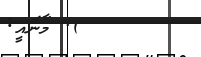
). މާނައީ: